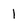
Character: l